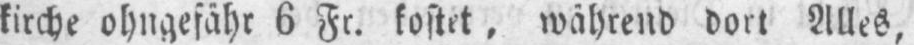
kirche ohngefähr 6 Fr. kostet, während dort Alles,